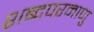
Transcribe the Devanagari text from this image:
शब्दपरमाणु